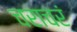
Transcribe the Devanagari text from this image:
चराचरं